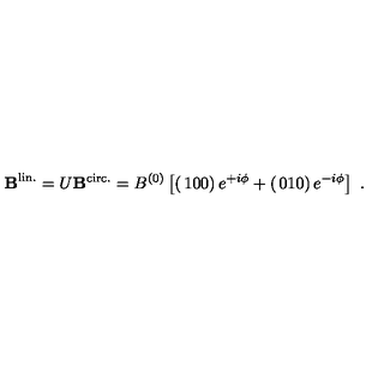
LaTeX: { \bf B } ^ { \mathrm { l i n . } } = U { \bf B } ^ { \mathrm { c i r c . } } = B ^ { ( 0 ) } \left[ \left( \begin{matrix} { 1 } \\ { 0 } \\ { 0 } \\ \end{matrix} \right) e ^ { + i \phi } + \left( \begin{matrix} { 0 } \\ { 1 } \\ { 0 } \\ \end{matrix} \right) e ^ { - i \phi } \right] \ .